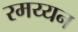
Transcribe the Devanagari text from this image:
रमय्यन